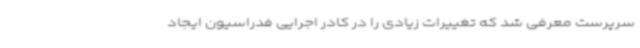
سرپرست معرفی شد که تغییرات زیادی را در کادر اجرایی فدراسیون ایجاد